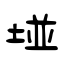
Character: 垭